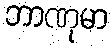
ဘာဏုမာ